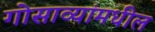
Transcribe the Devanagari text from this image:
गोसाव्यांमधील